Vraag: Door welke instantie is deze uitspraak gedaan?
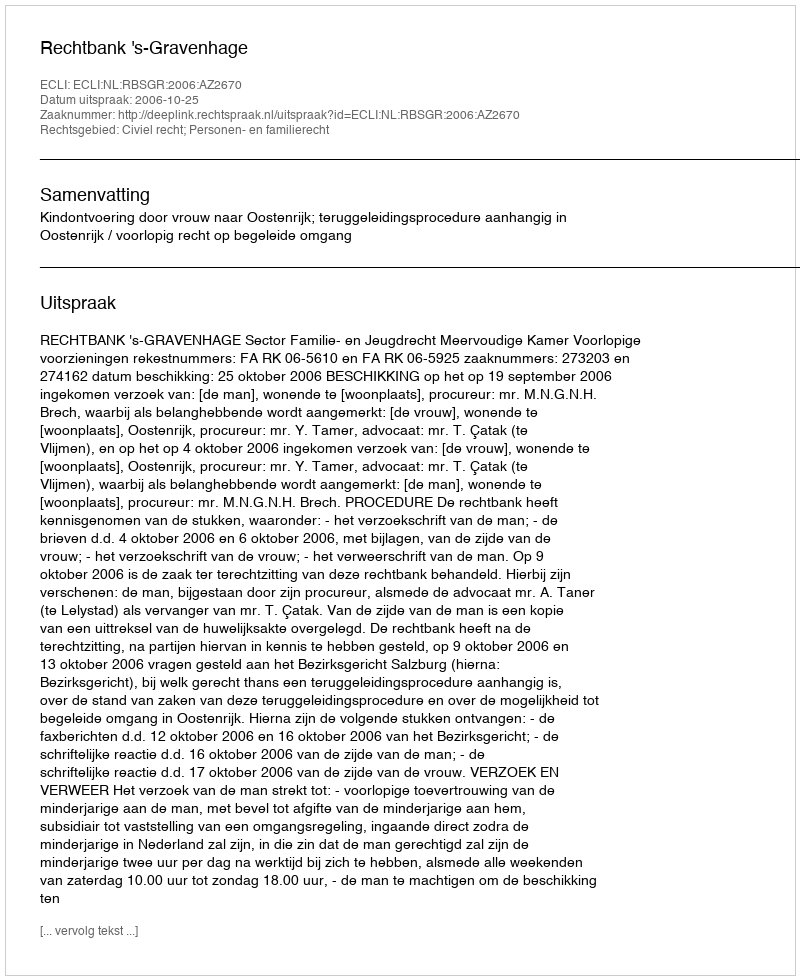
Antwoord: Rechtbank 's-Gravenhage